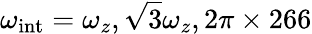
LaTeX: \omega_{\mathrm{int}}=\omega_{z},\sqrt{3}\omega_{z},2\pi\times 266